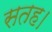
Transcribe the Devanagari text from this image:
सतह।